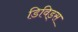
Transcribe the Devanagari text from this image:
डिविड्स